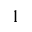
1